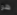
هو